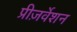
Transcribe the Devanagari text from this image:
प्रीज़र्वेशन